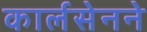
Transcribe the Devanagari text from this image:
कार्लसेनने